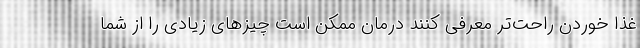
غذا خوردن راحت‌تر معرفی کنند درمان ممکن است چیزهای زیادی را از شما